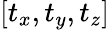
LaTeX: [t_{x},t_{y},t_{z}]